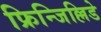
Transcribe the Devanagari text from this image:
फ्रिन्जिल्लिडे